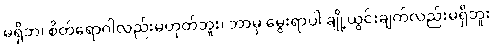
မရှိဘဲ၊ စိတ်ရောဂါလည်းမဟုတ်ဘူး၊ ဘာမှ မွေးရာပါ ချို့ယွင်းချက်လည်းမရှိဘူး